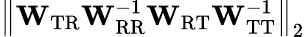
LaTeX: \left\Vert\mathbf{W}_{\mathrm{TR}}\mathbf{W}_{\mathrm{RR}}^{-1}\mathbf{W}_{\mathrm{RT}}\mathbf{W}_{\mathrm{TT}}^{-1}\right\Vert_{2}